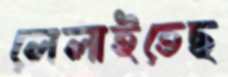
লেলাইতেছ